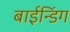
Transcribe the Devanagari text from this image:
बाईन्डिंग